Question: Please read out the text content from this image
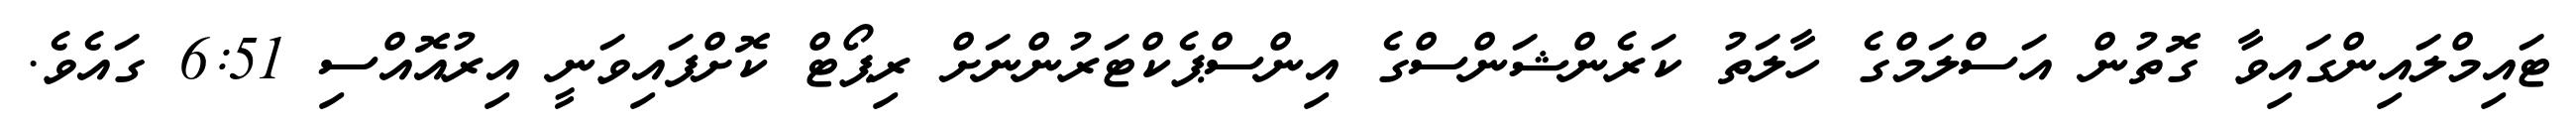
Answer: ޓައިމްލައިންގައިވާ ގޮތުން އަސްލަމްގެ ހާލަތު ކަރެންޝަންސްގެ އިންސްޕެކްޓަރުންނަށް ރިޕޯޓް ކޮށްފައިވަނީ އިރުއޮއްސި 6:51 ގައެވެ.